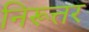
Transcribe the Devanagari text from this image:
निरूत्तर